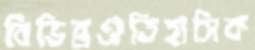
বিভিন্ন্রঐতিহাসিক